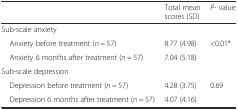
<table><thead><tr><td></td><td><b>Total mean scores (SD)</b></td><td><b><i>P-</i> value</b></td></tr></thead><tbody><tr><td>Sub-scale anxiety</td><td></td><td></td></tr><tr><td> Anxiety before treatment (<i>n</i> = 57)</td><td>8.77 (4.98)</td><td rowspan="2">&lt;0.01*</td></tr><tr><td> Anxiety 6 months after treatment (<i>n</i> = 57)</td><td>7.04 (5.18)</td></tr><tr><td>Sub-scale depression</td><td></td><td></td></tr><tr><td> Depression before treatment (<i>n</i> = 57)</td><td>4.28 (3.75)</td><td rowspan="2">0.69</td></tr><tr><td> Depression 6 months after treatment (<i>n</i> = 57)</td><td>4.07 (4.16)</td></tr></tbody></table>